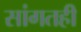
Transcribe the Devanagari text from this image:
सांगतही